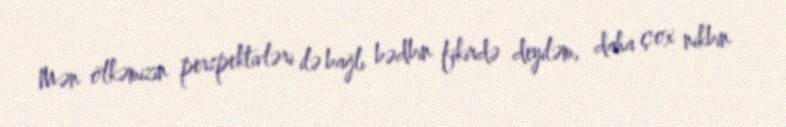
Mən ölkəmizin perspektivləri ilə bağlı bədbin fikirdə deyiləm, daha çox nikbin